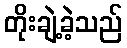
တိုးချဲ့ခဲ့သည်